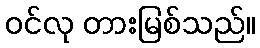
ဝင်လု တားမြစ်သည်။